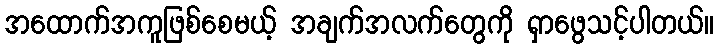
အထောက်အကူဖြစ်စေမယ့် အချက်အလက်တွေကို ရှာဖွေသင့်ပါတယ်။